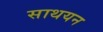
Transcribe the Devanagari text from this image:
साथयन